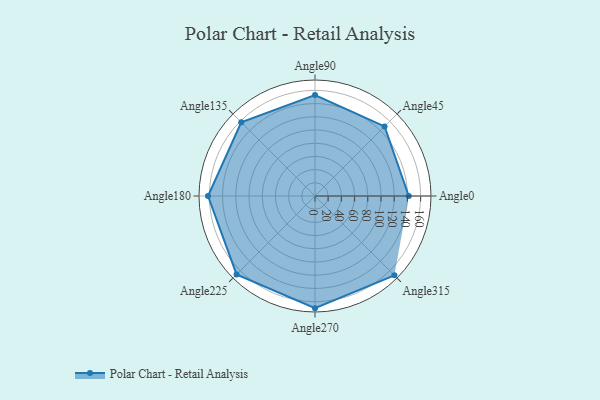
{"axis": {"x": "Angle", "y": "Radius"}, "legend": [""], "data": [{"x": "Angle0", "y": 142.0, "type": ""}, {"x": "Angle45", "y": 149.0, "type": ""}, {"x": "Angle90", "y": 153.0, "type": ""}, {"x": "Angle135", "y": 158.0, "type": ""}, {"x": "Angle180", "y": 162.0, "type": ""}, {"x": "Angle225", "y": 168.0, "type": ""}, {"x": "Angle270", "y": 170, "type": ""}, {"x": "Angle315", "y": 170, "type": ""}]}